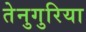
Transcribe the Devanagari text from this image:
तेनुगुरिया